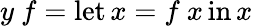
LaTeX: y\ f=\operatorname{let}x=f\ x\operatorname{in}x